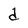
Character: d